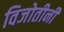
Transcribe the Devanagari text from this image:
विजोतीनी